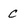
Character: c